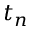
t _ { n }